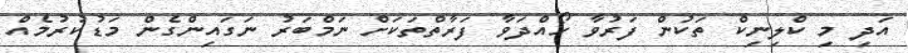
އަދި މި ކްލިނިކް ތަކުން ފަރުވާ ހޯއްދަވާ ފަރާތްތަކަށް ނަމްބަރު ނަގައިންގެން މަޑުކުރުމެއް